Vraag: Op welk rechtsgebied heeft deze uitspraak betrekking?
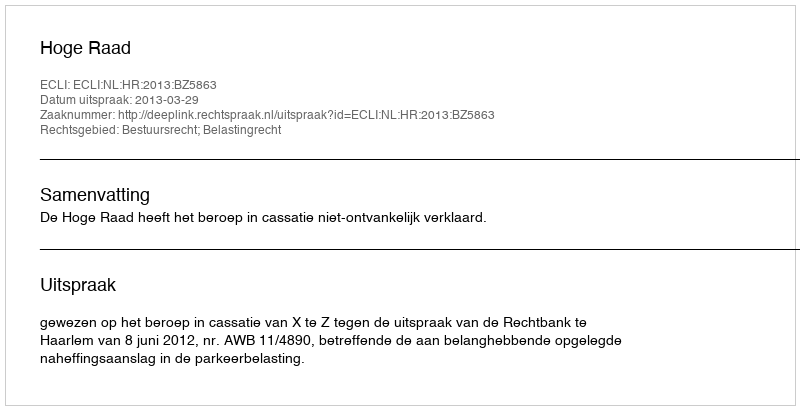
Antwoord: Bestuursrecht; Belastingrecht